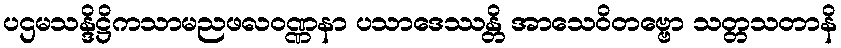
ပဌမသန္ဒိဋ္ဌိကသာမညဖလဝဏ္ဏနာ ပသာဒေဿန္တိ အာသေဝိတဗ္ဗော သတ္တသတာနိ